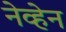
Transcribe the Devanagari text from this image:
नेव्हेन